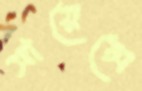
সায়েন্সে